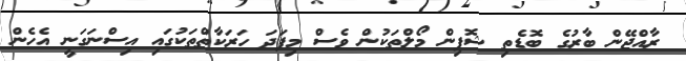
ރާއްޖޭން ބާރުގެ ބޮޑެތި ޝޮޕިން މޯލްތަކުން ވެސް މިފަދަ ހަރަކާތްތަކުގައި އިސްނަގަނީ އެހެން